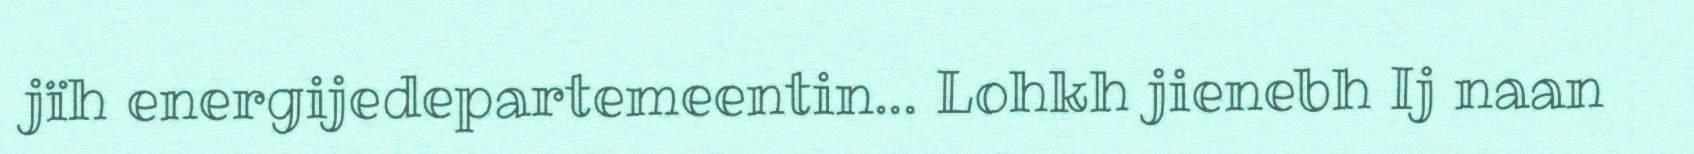
jïh energijedepartemeentin... Lohkh jienebh Ij naan